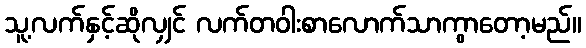
သူ့လက်နှင့်ဆိုလျှင် လက်တဝါးစာလောက်သာကွာတော့မည်။